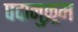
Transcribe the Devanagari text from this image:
पदानुक्र्रम